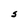
Character: S